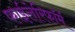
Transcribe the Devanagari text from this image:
फाईलेरिफॉर्म